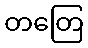
တတြေ